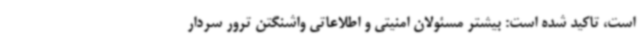
است، تاکید شده است: بیشتر مسئولان امنیتی و اطلاعاتی واشنگتن ترور سردار